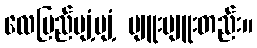
လေပြည်ပျံ့ပျံ့ ပျူးပျူးတည်း။